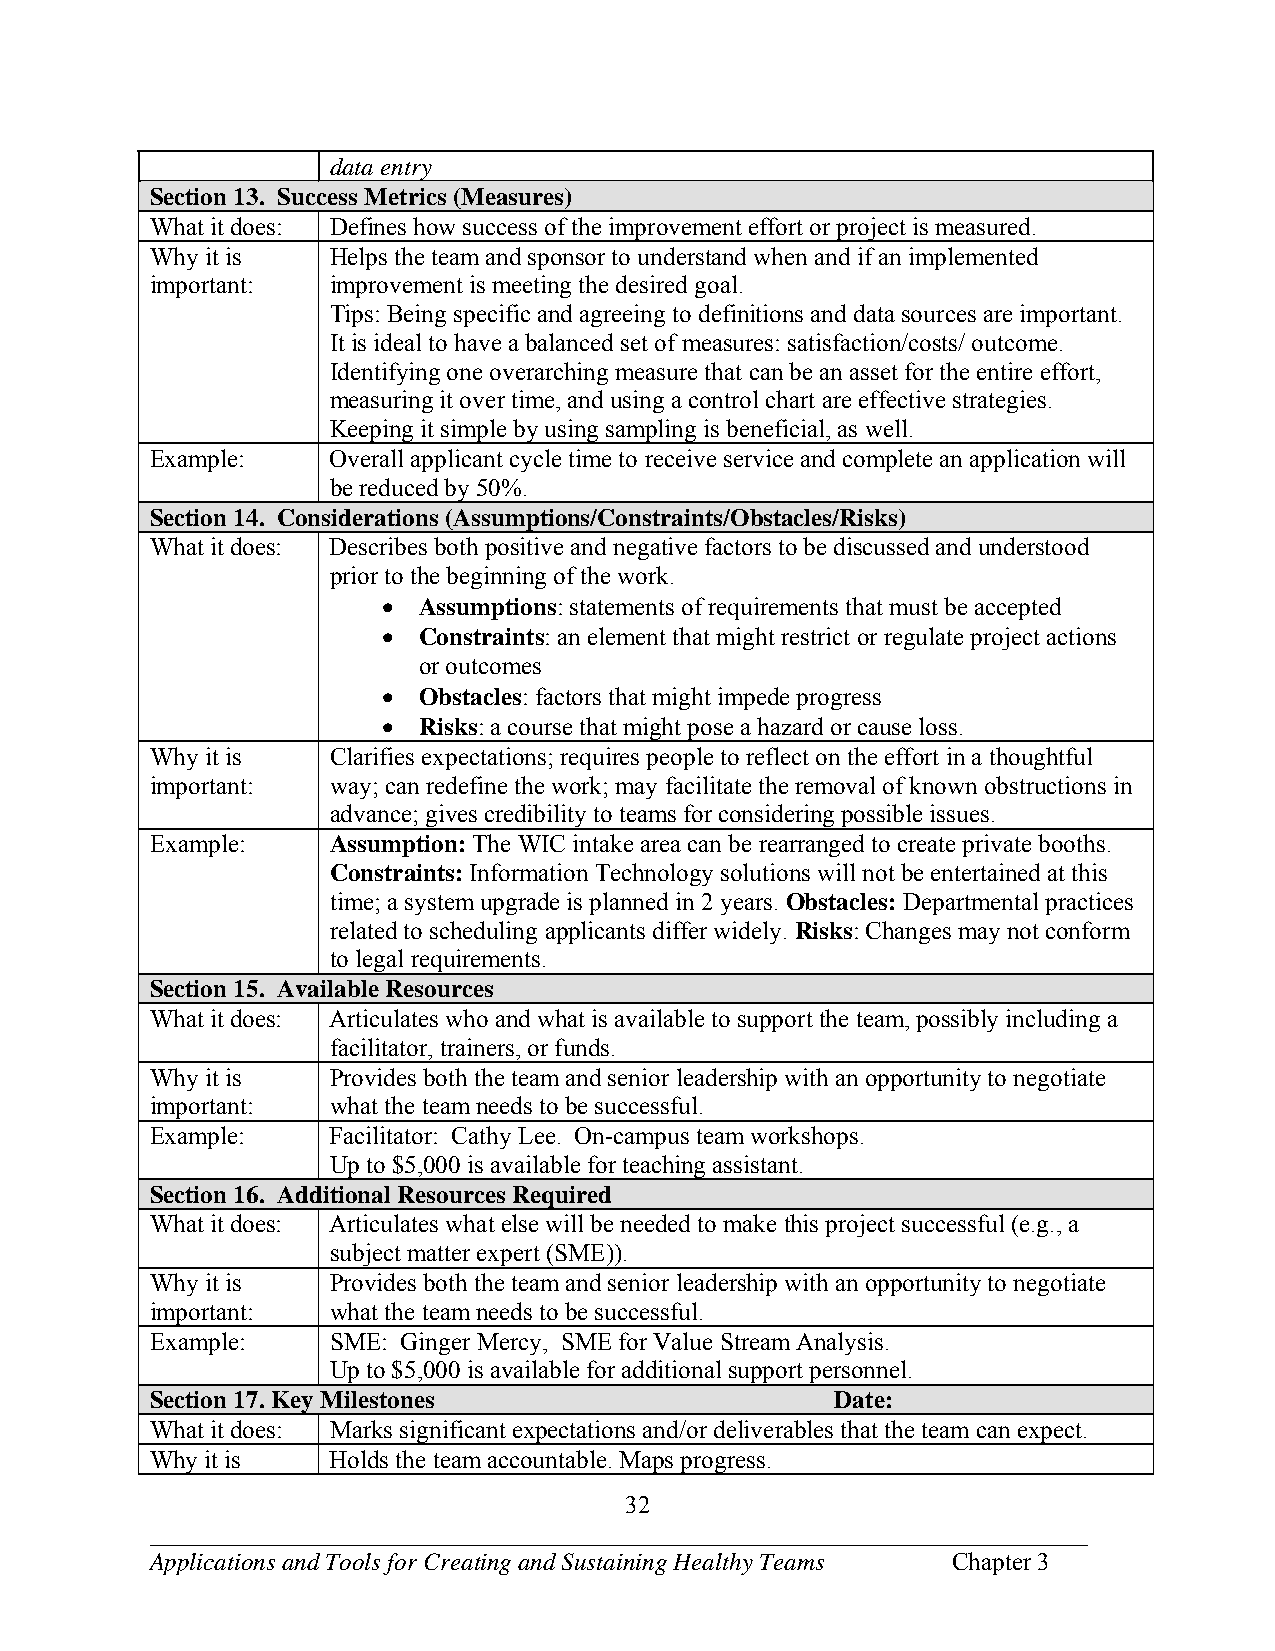
data entry
 Section 13. Success Metrics (Measures)
 What it does: Defines how success of the improvement effort or project is measured.
 Why it is   Helps the team and sponsor to understand when and if an implemented
 important:  improvement is meeting the desired goal.
 Tips: Being specific and agreeing to definitions and data sources are important.
 It is ideal to have a balanced set of measures: satisfaction/costs/ outcome.
 Identifying one overarching measure that can be an asset for the entire effort,
 measuring it over time, and using a control chart are effective strategies.
 Keeping it simple by using sampling is beneficial, as well.
 Example:    Overall applicant cycle time to receive service and complete an application will
 be reduced by 50%.
 Section 14. Considerations (Assumptions/Constraints/Obstacles/Risks)
 What it does: Describes both positive and negative factors to be discussed and understood
 prior to the beginning of the work.
   Assumptions: statements of requirements that must be accepted
   Constraints: an element that might restrict or regulate project actions
 or outcomes
   Obstacles: factors that might impede progress
   Risks: a course that might pose a hazard or cause loss.
 Why it is   Clarifies expectations; requires people to reflect on the effort in a thoughtful
 important:  way; can redefine the work; may facilitate the removal of known obstructions in
 advance; gives credibility to teams for considering possible issues.
 Example:    Assumption: The WIC intake area can be rearranged to create private booths.
 Constraints: Information Technology solutions will not be entertained at this
 time; a system upgrade is planned in 2 years. Obstacles: Departmental practices
 related to scheduling applicants differ widely. Risks: Changes may not conform
 to legal requirements.
 Section 15. Available Resources
 What it does: Articulates who and what is available to support the team, possibly including a
 facilitator, trainers, or funds.
 Why it is   Provides both the team and senior leadership with an opportunity to negotiate
 important:  what the team needs to be successful.
 Example:    Facilitator: Cathy Lee. On-campus team workshops.
 Up to $5,000 is available for teaching assistant.
 Section 16. Additional Resources Required
 What it does: Articulates what else will be needed to make this project successful (e.g., a
 subject matter expert (SME)).
 Why it is   Provides both the team and senior leadership with an opportunity to negotiate
 important:  what the team needs to be successful.
 Example:    SME: Ginger Mercy, SME for Value Stream Analysis.
 Up to $5,000 is available for additional support personnel.
 Section 17. Key Milestones                   Date:
 What it does: Marks significant expectations and/or deliverables that the team can expect.
 Why it is   Holds the team accountable. Maps progress.
 32
 ___________________________________________________________________________
 Applications and Tools for Creating and Sustaining Healthy Teams Chapter 3